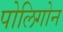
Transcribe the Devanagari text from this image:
पोलिगोन